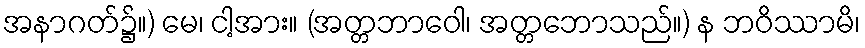
အနာဂတ်၌။) မေ၊ ငါ့အား။ (အတ္တဘာဝေါ၊ အတ္တဘောသည်။) န ဘဝိဿာမိ၊